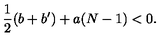
\frac 1 2 ( b + b ^ { \prime } ) + a ( N - 1 ) < 0 .